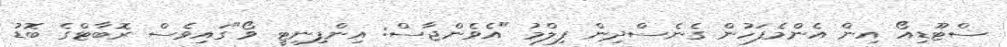
ސްޓޫޑިއޯ އިން އެންމެފަހުން ގެނެސްދިން ފިލްމު "އެވެންޖާސް: އިންފިނިޓީ ވޯ"ގައިވެސް ރޮބާޓްގެ ބޮޑު